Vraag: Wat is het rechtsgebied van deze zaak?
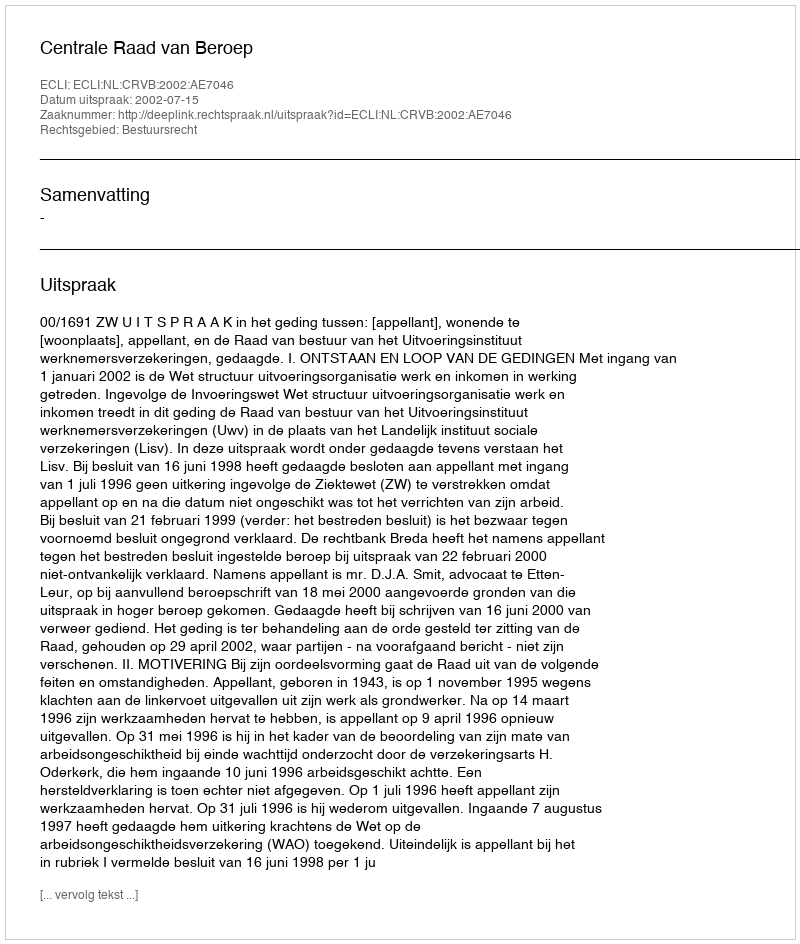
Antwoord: Bestuursrecht